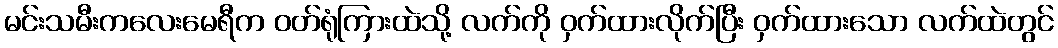
မင်းသမီးကလေးမေရီက ဝတ်ရုံကြားထဲသို့ လက်ကို ဝှက်ထားလိုက်ပြီး ဝှက်ထားသော လက်ထဲတွင်